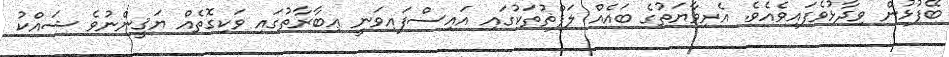
ބޭފުޅުން ވިދާޅުވެފައިވެއެވެ. އެރިވާޔަތުގެ ބައެއް ލަފްޡުތަކުގައި އައިސްފައިވަނީ ޢިބާރާތުގައި ވަކިގޮތެއް ޔަޤީންނުވެ ޝައްކު